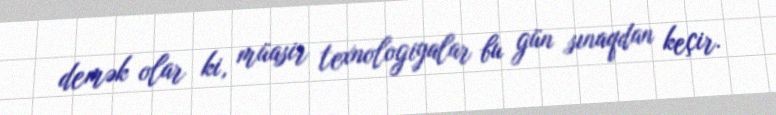
demək olar ki, müasir texnologiyalar bu gün sınaqdan keçir.